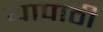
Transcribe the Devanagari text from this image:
यापाठी